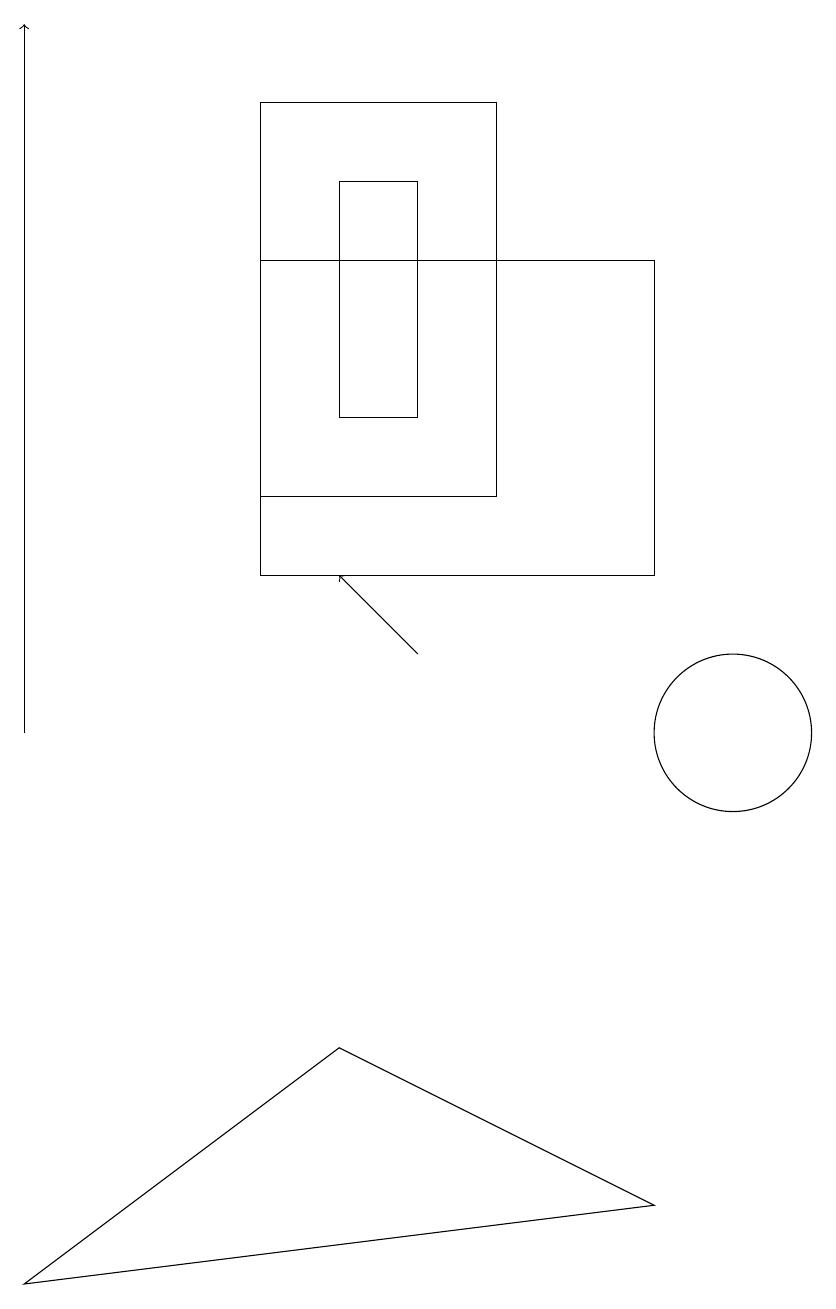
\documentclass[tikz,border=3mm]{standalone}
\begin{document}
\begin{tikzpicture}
\draw[->] (1,10) -- (1,19);
\draw (10,10) circle (1);
\draw (1,3) -- (5,6) -- (9,4) -- cycle;
\draw (6,17) rectangle (5,14);
\draw (7,13) rectangle (4,18);
\draw[->] (6,11) -- (5,12);
\draw (4,12) rectangle (9,16);
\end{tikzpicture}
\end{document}